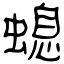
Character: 螅